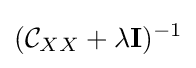
({\mathcal {C}}_{XX}+\lambda \mathbf {I} )^{-1}